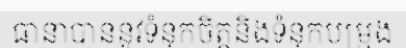
ធានាបាននូវទំនុកចិត្តនិងទំនុកបម្រុង